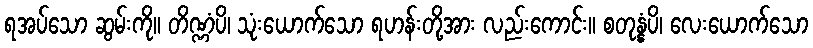
ရအပ်သော ဆွမ်းကို။ တိဏ္ဏံပိ၊ သုံးယောက်သော ရဟန်းတို့အား လည်းကောင်း။ စတုန္နံပိ၊ လေးယောက်သော